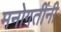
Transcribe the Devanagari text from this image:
मनोगतींनी